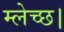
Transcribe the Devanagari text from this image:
म्लेच्छ।